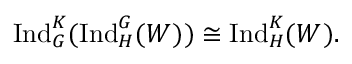
{ \mathrm { I n d } } _ { G } ^ { K } ( { \mathrm { I n d } } _ { H } ^ { G } ( W ) ) \cong { \mathrm { I n d } } _ { H } ^ { K } ( W ) .